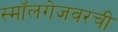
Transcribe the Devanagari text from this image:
स्मॉलगेजवरची